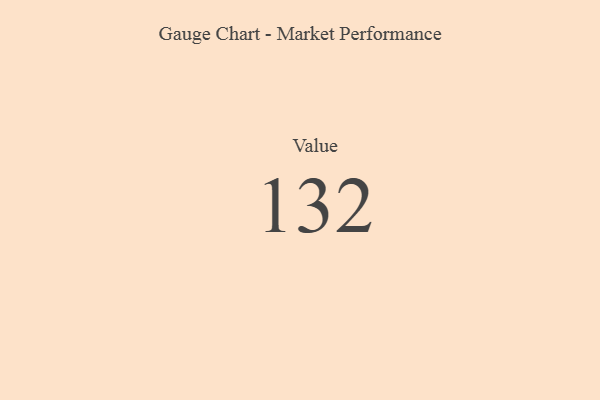
{"axis": {"x": "Metric", "y": "Value"}, "legend": [""], "data": [{"x": "Value", "y": 132, "type": ""}]}